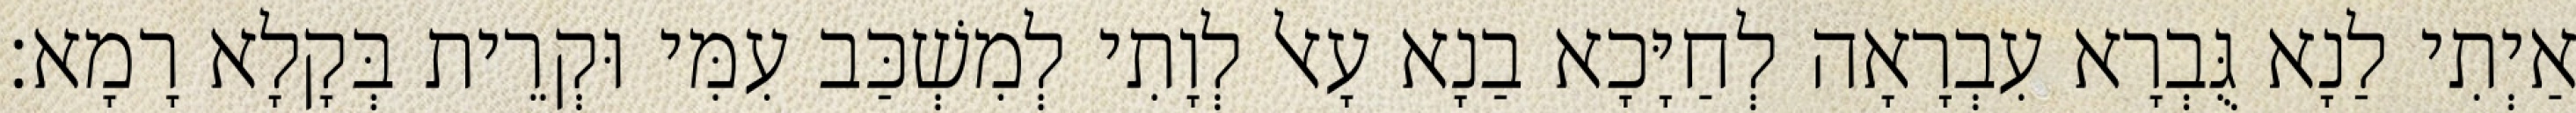
אַיְתִי לַנָא גֻּבְרָא עִבְרָאָה לְחַיָּכָא בַנָא עָאל לְוָתִי לְמִשְׁכַּב עִמִּי וּקְרֵית בְּקָלָא רָמָא׃